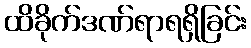
ထိခိုက်ဒဏ်ရာရရှိခြင်း